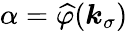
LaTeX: \alpha=\widehat{\varphi}(\boldsymbol{k}_{\sigma})